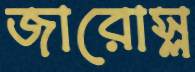
জারোস্ল